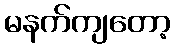
မနက်ကျတော့